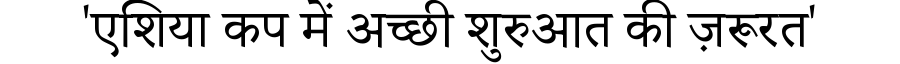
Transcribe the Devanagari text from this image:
'एशिया कप में अच्छी शुरुआत की ज़रूरत'